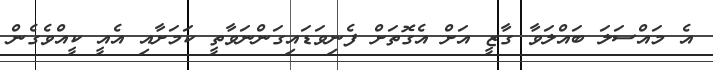
އެ މައްސަލަ ބައްލަވާ ގާޒީ އަށް އެގޮތަށް ފެނިވަޑައިގަންނަވާތީ ކަމަށާއި އެއީ ކީއްވެގެން